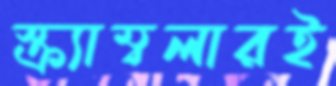
স্ক্র্যাম্বলারই